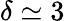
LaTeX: \delta\simeq 3